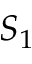
S _ { 1 }